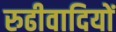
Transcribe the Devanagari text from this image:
रुढीवादियों